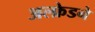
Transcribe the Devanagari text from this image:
अल्फ्रेडने